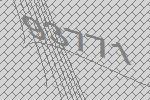
93771